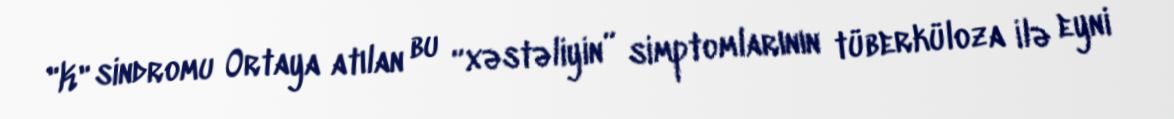
"K" sindromu Ortaya atılan bu “xəstəliyin” simptomlarının tüberküloza ilə eyni